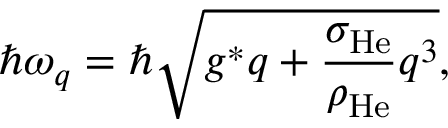
\hbar \omega _ { q } = \hbar \sqrt { g ^ { \ast } q + \frac { \sigma _ { \mathrm { H e } } } { \rho _ { \mathrm { H e } } } q ^ { 3 } } ,